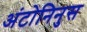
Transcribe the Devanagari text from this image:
अंटोनिनुस